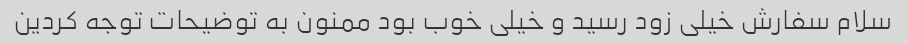
سلام سفارش خیلی زود رسید و خیلی خوب بود ممنون به توضیحات توجه کردین